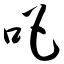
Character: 吧